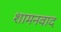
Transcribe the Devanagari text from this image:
शामनवाद